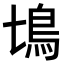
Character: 𩾔